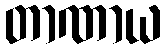
တာဏာယ